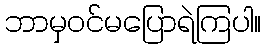
ဘာမှဝင်မပြောရဲကြပါ။